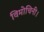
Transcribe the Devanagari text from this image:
विमोचिनी।